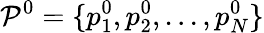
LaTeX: \mathcal{P}^{0}=\{ p_{1}^{0},p_{2}^{0},...,p_{N}^{0}\}